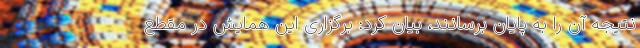
نتیجه آن را به پایان برسانند، بیان کرد: برگزاری این همایش در مقطع